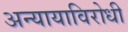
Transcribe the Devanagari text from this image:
अन्यायाविरोधी